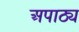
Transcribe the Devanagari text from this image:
अपाठ्य